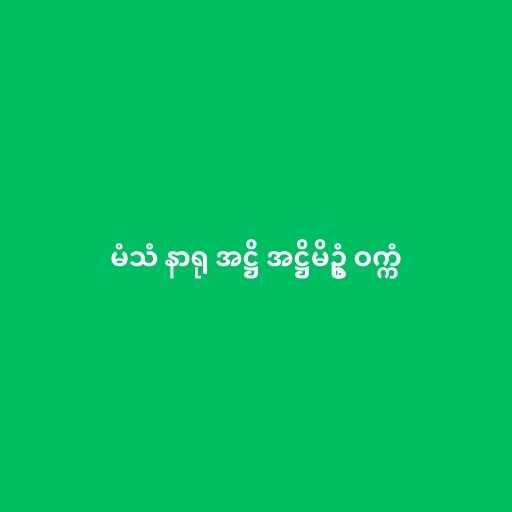
မံသံ နာရု အဋ္ဌိ အဋ္ဌိမိဥ္စံ ဝက္ကံ